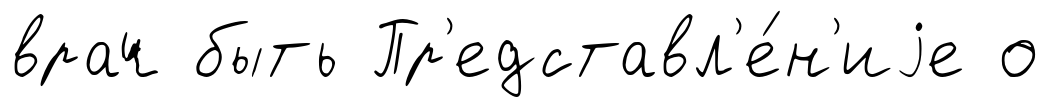
врач быть Пр'едставл'е́н'иjе о